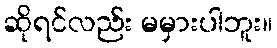
ဆိုရင်လည်း မမှားပါဘူး။